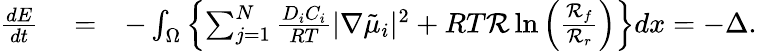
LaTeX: \begin{array}{rlr}{\frac{dE}{dt}}&{{}=}&{-\int_{\Omega}\left\{ \sum_{j=1}^{N}\frac{D_{i}C_{i}}{RT}|\nabla\tilde{\mu}_{i}|^{2}+RT\mathcal{R}\ln\left(\frac{\mathcal{R}_{f}}{\mathcal{R}_{r}}\right)\right\} dx=-\Delta.}\end{array}